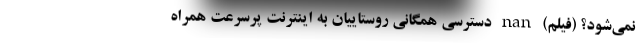
نمی‌شود؟ (فیلم) nan دسترسی همگانی روستاییان به اینترنت پرسرعت همراه